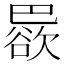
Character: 𱜠